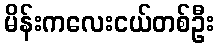
မိန်းကလေးငယ်တစ်ဦး